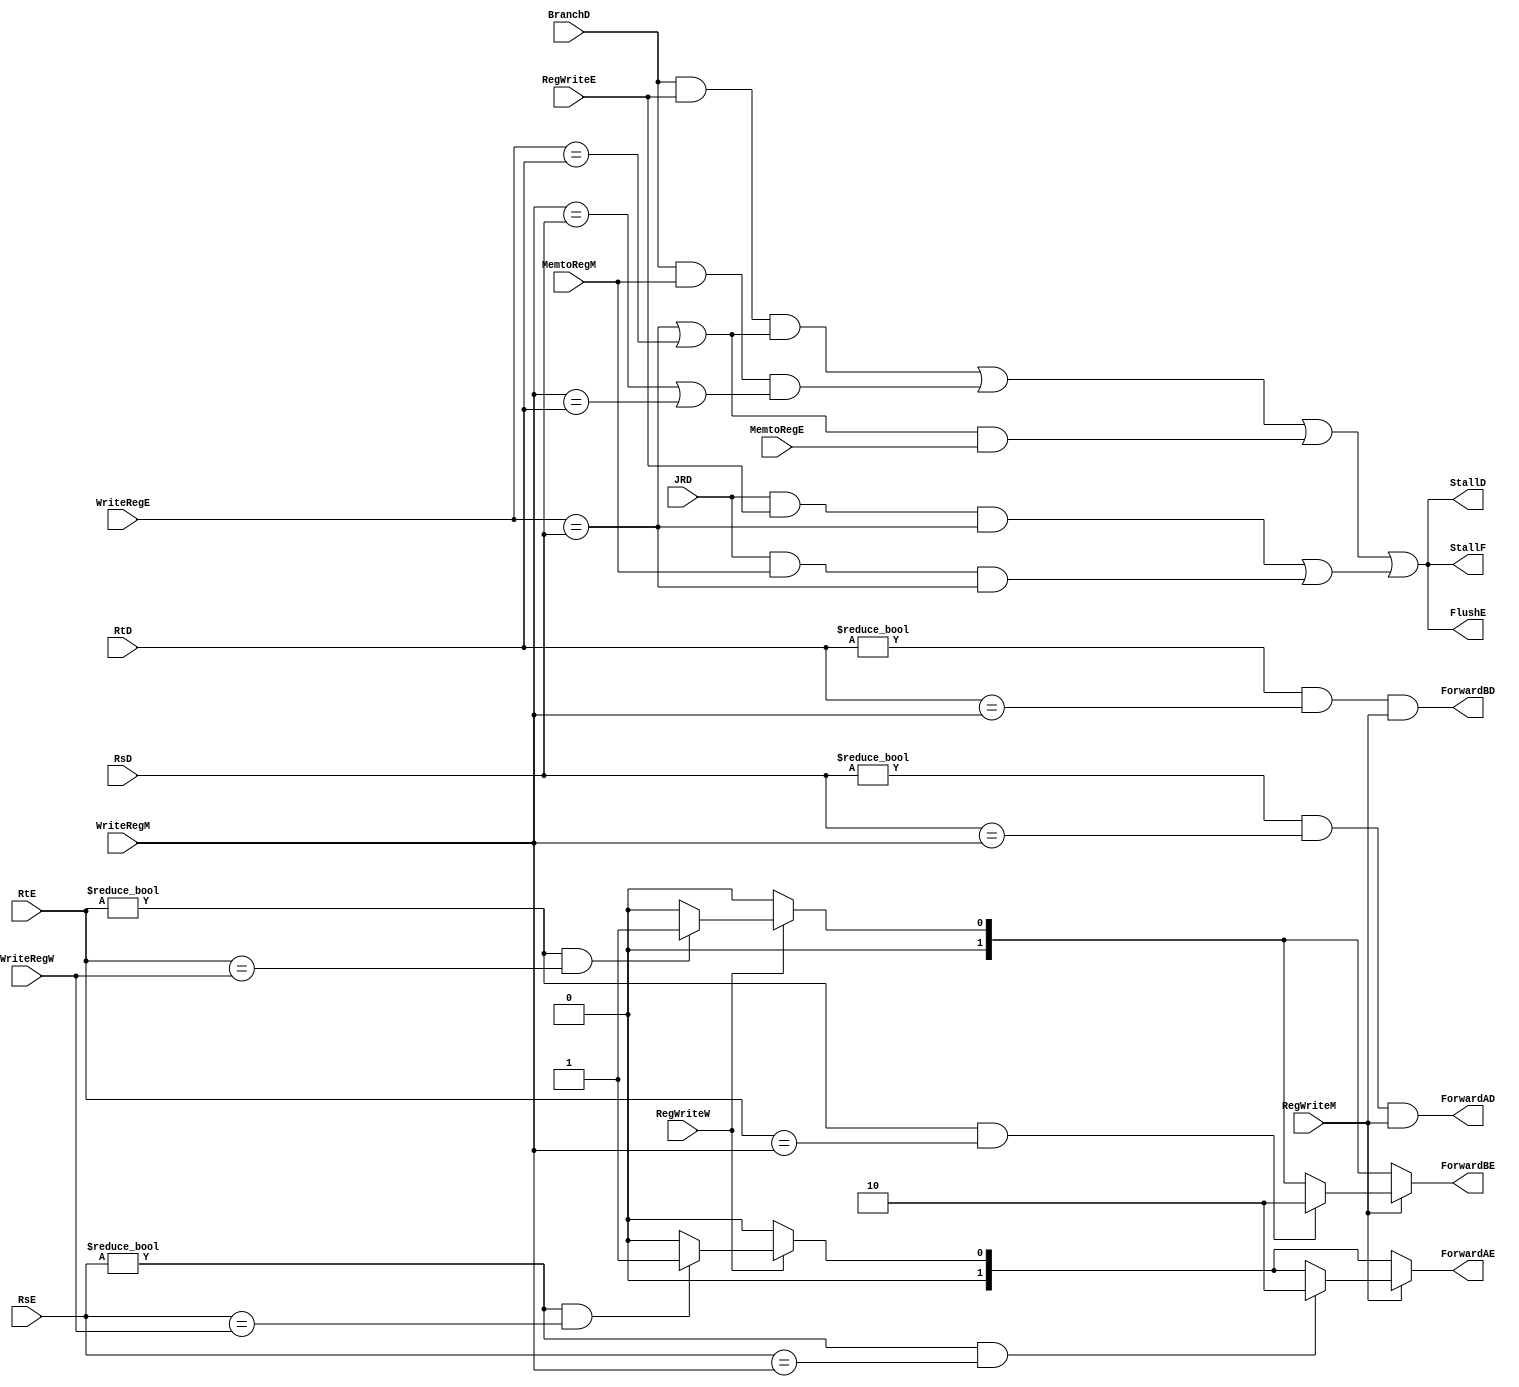
`timescale 1ns / 1ps
//////////////////////////////////////////////////////////////////////////////////
// Company: 
// Engineer: 
// 
// Design Name: 
// Module Name:    HazardUnit 
// Project Name: 
// Target Devices: 
// Tool versions: 
// Description: 
//
// Dependencies: 
//
// Revision: 
// Revision 0.01 - File Created
// Additional Comments: 
//
//////////////////////////////////////////////////////////////////////////////////
module HazardUnit(
	//
	input RegWriteM,
	input RegWriteW,
	input [4:0] RsE,
	input [4:0] RtE,
	input [4:0] WriteRegE,
	input [4:0] WriteRegM,
	input [4:0] WriteRegW,
	input MemtoRegE,
	input RegWriteE,
	input [4:0] RsD,
	input [4:0] RtD,
	//br hazard forawrd
	input BranchD,
	input JRD,
	input MemtoRegM,

	output wire ForwardAD,
	output wire ForwardBD,
	output reg [1:0] ForwardAE,
	output reg [1:0] ForwardBE,
	output wire StallF,
	output wire StallD,
	output wire FlushE
	);
wire lwstall;
assign lwstall = ((WriteRegE == RsD) || (WriteRegE == RtD)) && MemtoRegE;

wire branchstall;
assign branchstall = (BranchD && RegWriteE && (WriteRegE == RsD || WriteRegE == RtD)) || //alu -> br
(BranchD && MemtoRegM && (WriteRegM == RsD || WriteRegM == RtD));//lw -> br

wire jrstall;
assign jrstall = (JRD && RegWriteE && WriteRegE == RsD) || (JRD && MemtoRegM && WriteRegE == RsD);

assign StallF = branchstall || lwstall || jrstall;
assign StallD = branchstall || lwstall || jrstall;
assign FlushE = branchstall || lwstall || jrstall;

always @(*)
begin
	ForwardAE = 0;
	ForwardBE = 0;
	if (RegWriteW) begin
		if(RsE != 0 && RsE == WriteRegW)
			ForwardAE = 2'b01;
		if(RtE != 0 && RtE == WriteRegW)
			ForwardBE = 2'b01;
	end

	if (RegWriteM) begin
		if (RsE != 0 && RsE == WriteRegM)
			ForwardAE = 2'b10;
		if (RtE != 0 && RtE == WriteRegM)
			ForwardBE = 2'b10;
	end

end

assign ForwardAD = (RsD != 0) && (RsD == WriteRegM) && RegWriteM;
assign ForwardBD = (RtD != 0) && (RtD == WriteRegM) && RegWriteM;

endmodule